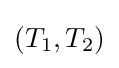
(T_{1},T_{2})